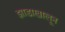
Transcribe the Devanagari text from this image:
झाडाखालून